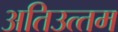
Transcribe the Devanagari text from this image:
अतिउत्‍तम